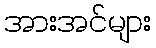
အားအင်များ